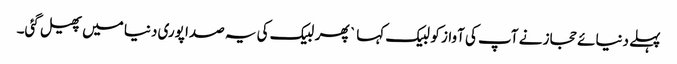
پہلے دنیائے حجاز نے آپ کی آواز کو لبیک کہا ` پھر لبیک کی یہ صدا پوری دنیا میں پھیل گئی۔